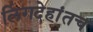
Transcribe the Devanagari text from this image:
लिंगदेहांतच